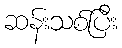
ဆန်းသစ်ပြီး